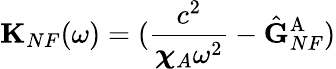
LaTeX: \mathbf{K}_{NF}(\omega)={(\frac{c^{2}}{{\boldsymbol{\chi}}_{A}\omega^{2}}-\hat{\mathbf{G}}_{NF}^{\mathrm{A}}})